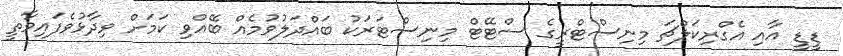
ޑީޑީ އާއި އެގްރިކަލްޗަ މިނިސްޓްރީގެ ސްޓޭޓް މިނިސްޓަރަކު ބައްދަލުވުމެއް ބޭއްވި ކަމަށް ވިދާޅުވެފައިވާތީ